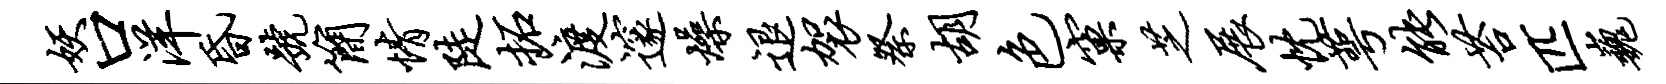
妖口洋昏号简情陡拓渡邃燥退袈祭胡色窠芝展忱萼能苔匹巍